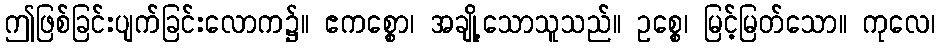
ဤဖြစ်ခြင်းပျက်ခြင်းလောက၌။ ဧကစ္စော၊ အချို့သောသူသည်။ ဥစ္စေ၊ မြင့်မြတ်သော။ ကုလေ၊